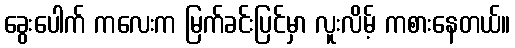
ခွေးပေါက် ကလေးက မြက်ခင်းပြင်မှာ လူးလိမ့် ကစားနေတယ်။